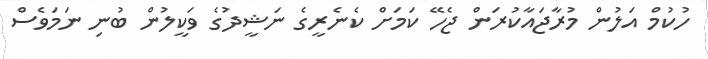
ހުކުމް އަލުން މުރާޖައާކުރަން ޖެހޭ ކަމަށް ކެނެރީގެ ނަޝީދުގެ ވަކީލުން ބުނި ނަމަވެސް